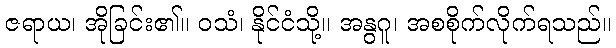
ဇရာယ၊ အိုခြင်း၏။ ဝသံ၊ နိုင်ငံသို့။ အနွဂူ၊ အစစိုက်လိုက်ရသည်။